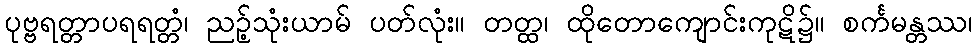
ပုဗ္ဗရတ္တာပရရတ္တံ၊ ညဉ့်သုံးယာမ် ပတ်လုံး။ တတ္ထ၊ ထိုတောကျောင်းကုဋိ၌။ စင်္ကမန္တဿ၊